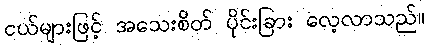
ငယ်များဖြင့် အသေးစိတ် ပိုင်းခြား လေ့လာသည်။